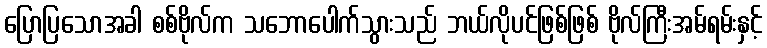
ပြောပြသောအခါ စစ်ဗိုလ်က သဘောပေါက်သွားသည် ဘယ်လိုပင်ဖြစ်ဖြစ် ဗိုလ်ကြီးအမ်ရမ်းနှင့်